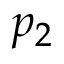
p _ { 2 }